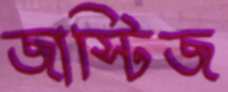
জাস্টিজ